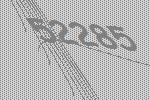
52285